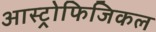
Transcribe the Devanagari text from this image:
आस्ट्रोफिजिकल